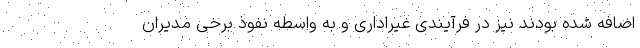
اضافه شده بودند نیز در فرآیندی غیراداری و به واسطه نفوذ برخی مدیران